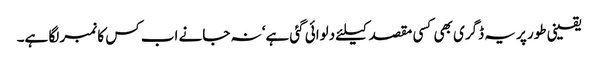
یقینی طور پر یہ ڈگری بھی کسی مقصد کیلئے دلوائی گئی ہے‘ نہ جانے اب کس کا نمبر لگا ہے۔